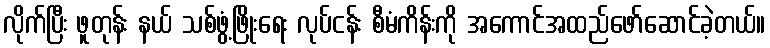
လိုက်ပြီး ဖူတုန်း နယ် သစ်ဖွံ့ဖြိုးရေး လုပ်ငန်း စီမံကိန်းကို အကောင်အထည်ဖော်ဆောင်ခဲ့တယ်။